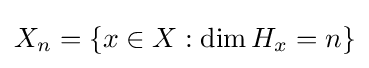
X_{n}=\{x\in X:\dim H_{x}=n\}